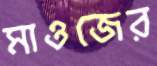
মাওজের